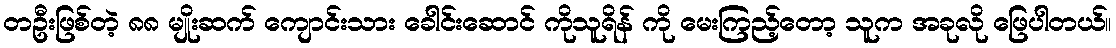
တဦးဖြစ်တဲ့ ၈၈ မျိုးဆက် ကျောင်းသား ခေါင်းဆောင် ကိုသူရိန် ကို မေးကြည့်တော့ သူက အခုလို ဖြေပါတယ်။